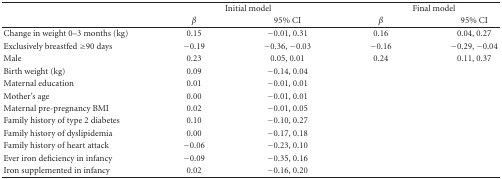
<table><thead><tr><td></td><td colspan="2"><b>Initial model</b></td><td colspan="2"><b>Final model</b></td></tr><tr><td></td><td><b><i>β</i></b></td><td><b> 95% CI</b></td><td><b><i>β</i></b></td><td><b> 95% CI</b></td></tr></thead><tbody><tr><td>Change in weight 0–3 months (kg)</td><td> 0.15</td><td>−0.01, 0.31</td><td>0.16</td><td> 0.04, 0.27</td></tr><tr><td>Exclusively breastfed ≥90 days</td><td>−0.19</td><td> −0.36, −0.03</td><td>−0.16</td><td> −0.29, −0.04</td></tr><tr><td>Male</td><td> 0.23</td><td> 0.05, 0.01</td><td>0.24</td><td> 0.11, 0.37</td></tr><tr><td>Birth weight (kg)</td><td> 0.09</td><td>−0.14, 0.04</td><td></td><td></td></tr><tr><td>Maternal education</td><td>0.01</td><td>−0.01, 0.01</td><td></td><td></td></tr><tr><td>Mother&#x27;s age</td><td>0.00</td><td>−0.01, 0.01</td><td></td><td></td></tr><tr><td>Maternal pre-pregnancy BMI</td><td> 0.02</td><td>−0.01, 0.05</td><td></td><td></td></tr><tr><td>Family history of type 2 diabetes</td><td>0.10</td><td>−0.10, 0.27</td><td></td><td></td></tr><tr><td>Family history of dyslipidemia</td><td>0.00</td><td>−0.17, 0.18</td><td></td><td></td></tr><tr><td>Family history of heart attack</td><td>−0.06</td><td>−0.23, 0.10</td><td></td><td></td></tr><tr><td>Ever iron deficiency in infancy</td><td>−0.09</td><td>−0.35, 0.16</td><td></td><td></td></tr><tr><td>Iron supplemented in infancy</td><td>0.02</td><td>−0.16, 0.20</td><td></td><td></td></tr></tbody></table>